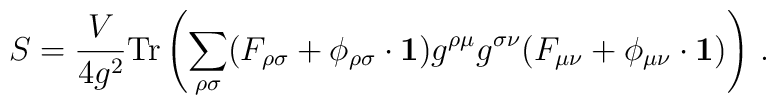
S=\frac{V}{4g^{2}}{\rm Tr}\left( \sum_{\rho \sigma} (F_{\rho \sigma}+ \phi_{\rho\sigma}\cdot {\bf 1})g^{\rho \mu} g^{\sigma \nu} (F_{\mu \nu}+ \phi_{\mu\nu}\cdot {\bf 1}) \right) \, .